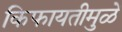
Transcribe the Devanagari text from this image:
किफायतीमुळें